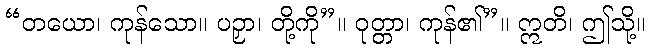
“တယော၊ ကုန်သော။ ပဉှာ၊ တို့ကို”။ ဝုတ္တာ၊ ကုန်၏”။ ဣတိ၊ ဤသို့။